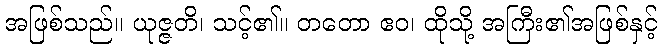
အဖြစ်သည်။ ယုဇ္ဇတိ၊ သင့်၏။ တတော ဧဝ၊ ထိုသို့ အကြီး၏အဖြစ်နှင့်